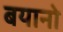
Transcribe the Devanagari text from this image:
बयानो